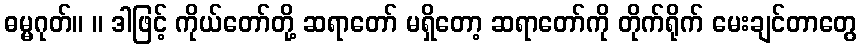
ဓမ္မဂုတ်။ ။ ဒါဖြင့် ကိုယ်တော်တို့ ဆရာတော် မရှိတော့ ဆရာတော်ကို တိုက်ရိုက် မေးချင်တာတွေ